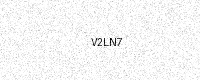
Text: V2LN7